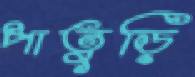
পাতুড়ি